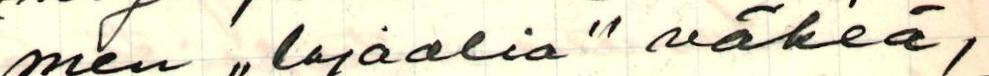
men ,,lojaalia" väkeä/